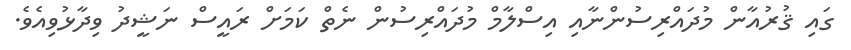
ގައި ޤުރުއާން މުދައްރިސުންނާއި އިސްލާމް މުދައްރިސުން ނެތް ކަމަށް ރައީސް ނަޝީދު ވިދާޅުވިއެވެ.